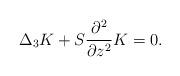
LaTeX: \begin{align*}\Delta_3K+S\frac{\partial^2}{\partial z^2}K=0.\end{align*}